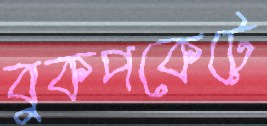
বুকপকেটে